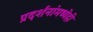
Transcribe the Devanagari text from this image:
प्रदर्शनांमध्येही